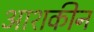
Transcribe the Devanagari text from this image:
आशकीन